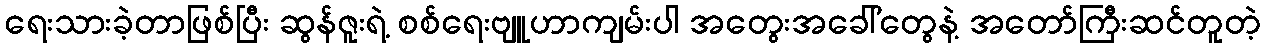
ရေးသားခဲ့တာဖြစ်ပြီး ဆွန်ဇူးရဲ့ စစ်ရေးဗျူဟာကျမ်းပါ အတွေးအခေါ်တွေနဲ့ အတော်ကြီးဆင်တူတဲ့